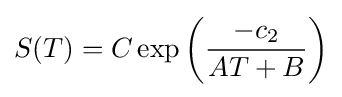
S(T)=C\exp \left({\frac {-c_{2}}{AT+B}}\right)